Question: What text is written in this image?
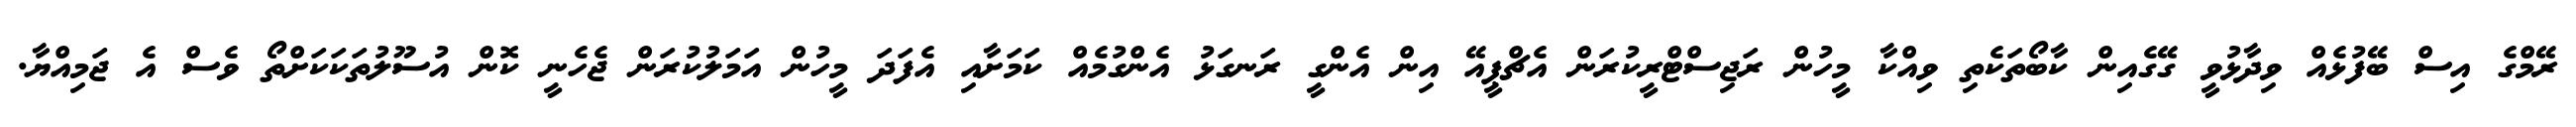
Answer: ރޭމްގެ އިސް ބޭފުޅެއް ވިދާޅުވީ ގޭގެއިން ކާބޯތަކެތި ވިއްކާ މީހުން ރަޖިސްޓްރީކުރަން އެޗްޕީއޭ އިން އެންގީ ރަނގަޅު އެންގުމެއް ކަމަށާއި އެފަދަ މީހުން އަމަލުކުރަން ޖެހެނީ ކޮން އުސޫލުތަކަކަށްތޯ ވެސް އެ ޖަމިއްޔާ.